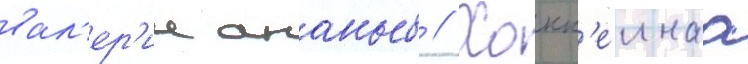
вал'ер'ии ананьев // Хокк'еинаа